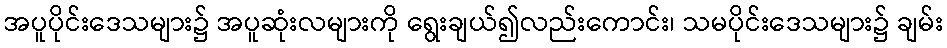
အပူပိုင်းဒေသများ၌ အပူဆုံးလများကို ရွေးချယ်၍လည်းကောင်း၊ သမပိုင်းဒေသများ၌ ချမ်း